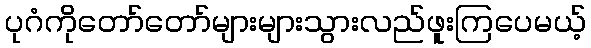
ပုဂံကိုတော်တော်များများသွားလည်ဖူးကြပေမယ့်